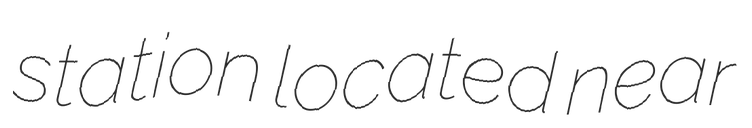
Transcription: station located near